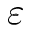
\varepsilon